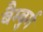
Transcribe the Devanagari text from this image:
बैम्बुर्ग